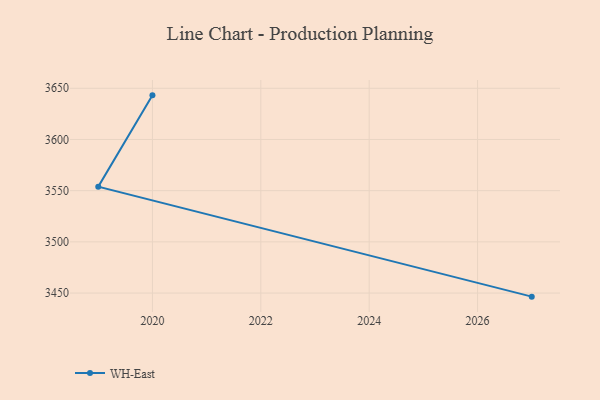
{"axis": {"x": "Year", "y": "Temperature (°C)"}, "legend": ["WH-East"], "data": [{"x": "2020", "y": 3643.1, "type": "WH-East"}, {"x": "2019", "y": 3553.9, "type": "WH-East"}, {"x": "2027", "y": 3446.5, "type": "WH-East"}]}